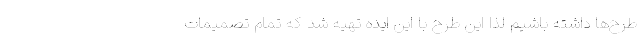
طرح‌ها داشته باشیم لذا این طرح با این ایده تهیه شد که تمام تصمیمات